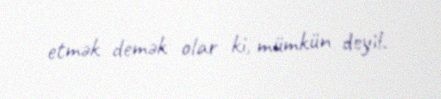
etmək demək olar ki, mümkün deyil.